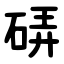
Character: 硦